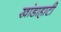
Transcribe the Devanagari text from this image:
खांडाहाटी